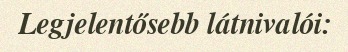
Legjelentősebb látnivalói: